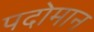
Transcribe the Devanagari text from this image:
पदोमान